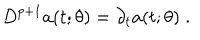
D ^ { p + 1 } a ( t ; \theta ) = \partial _ { t } a ( t ; \theta ) \; .